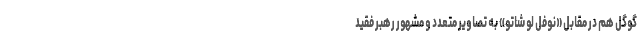
گوگل هم در مقابل «نوفل لو شاتو» به تصاویر متعدد و مشهور رهبر فقید